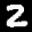
Label: 2